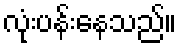
လုံးပန်းနေသည်။